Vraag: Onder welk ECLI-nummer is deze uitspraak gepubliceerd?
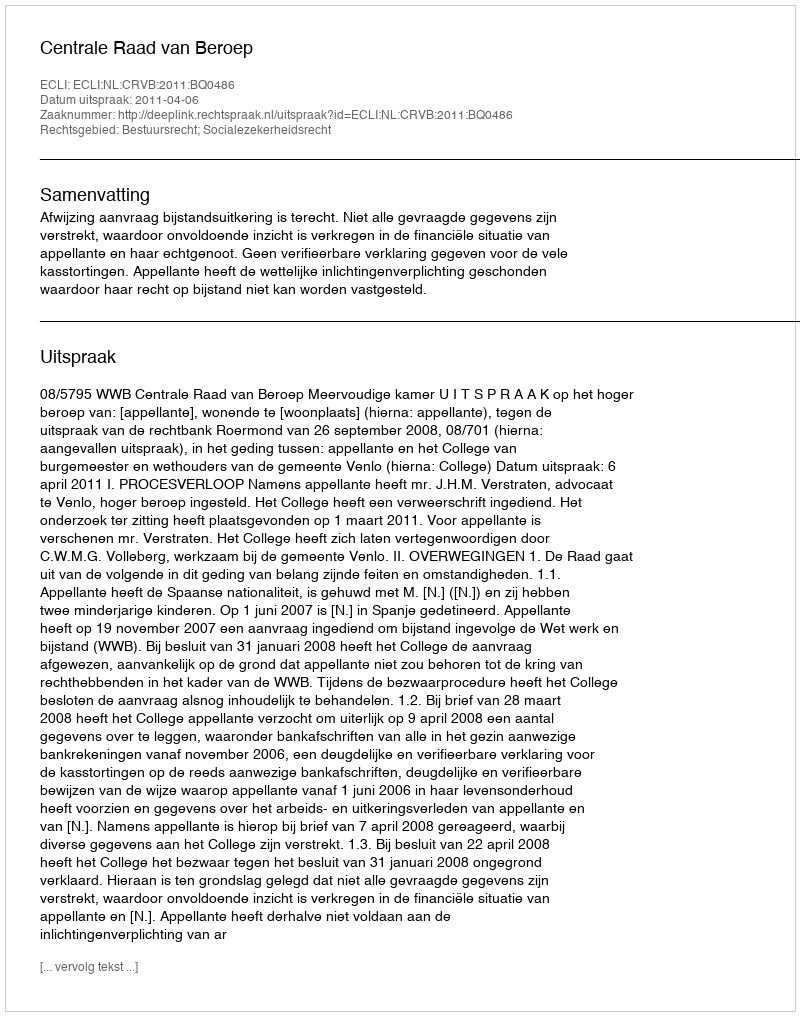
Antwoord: ECLI:NL:CRVB:2011:BQ0486